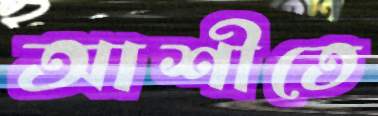
আশীতে